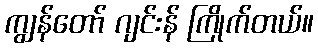
ကျွန်တော် ဂျင်းန် ကြိုက်တယ်။